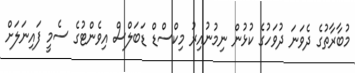
މުބާރާތުގެ ދެވަނަ ދުވަހުގެ ކުޅުން ނިމުނުއިރު މިކްސްޑް ޑަބަލްސް އިވެންޓުގެ ސެމީ ފައިނަލަށް